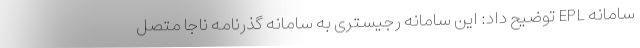
سامانه EPL توضیح داد: این سامانه رجیستری به سامانه گذرنامه ناجا متصل